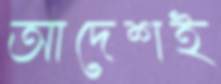
আদেশই